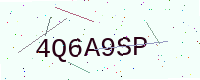
Text: 4Q6A9SP